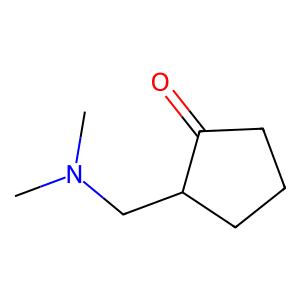
SMILES: CN(C)CC1CCCC1=O
Inhibits HIV replication: No